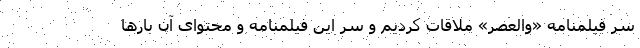
سر فیلمنامه «والعصر» ملاقات کردیم و سر این فیلمنامه و محتوای آن بارها